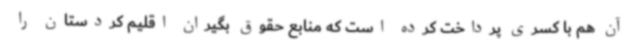
آن هم با کسری پرداخت کرده است که منابع حقوق بگیران اقلیم کردستان را